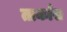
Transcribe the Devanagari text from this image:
तार्कास